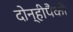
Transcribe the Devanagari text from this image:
दोन्हीपैकी